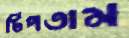
টিপতাম